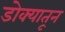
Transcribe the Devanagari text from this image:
डोक्‍यातून